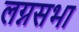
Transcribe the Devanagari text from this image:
लग्नसभा